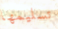
تسليمها